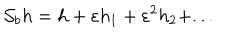
LaTeX: { \cal S } _ { b } h = h + \varepsilon h _ { 1 } + \varepsilon ^ { 2 } h _ { 2 } + . . .